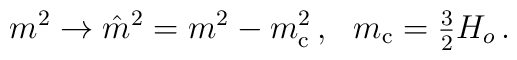
m^2\to \hat{m}^2=m^2-m_{\rm c}^2\,,~~ m_{\rm c}={\textstyle{3\over2}}H_o\,.